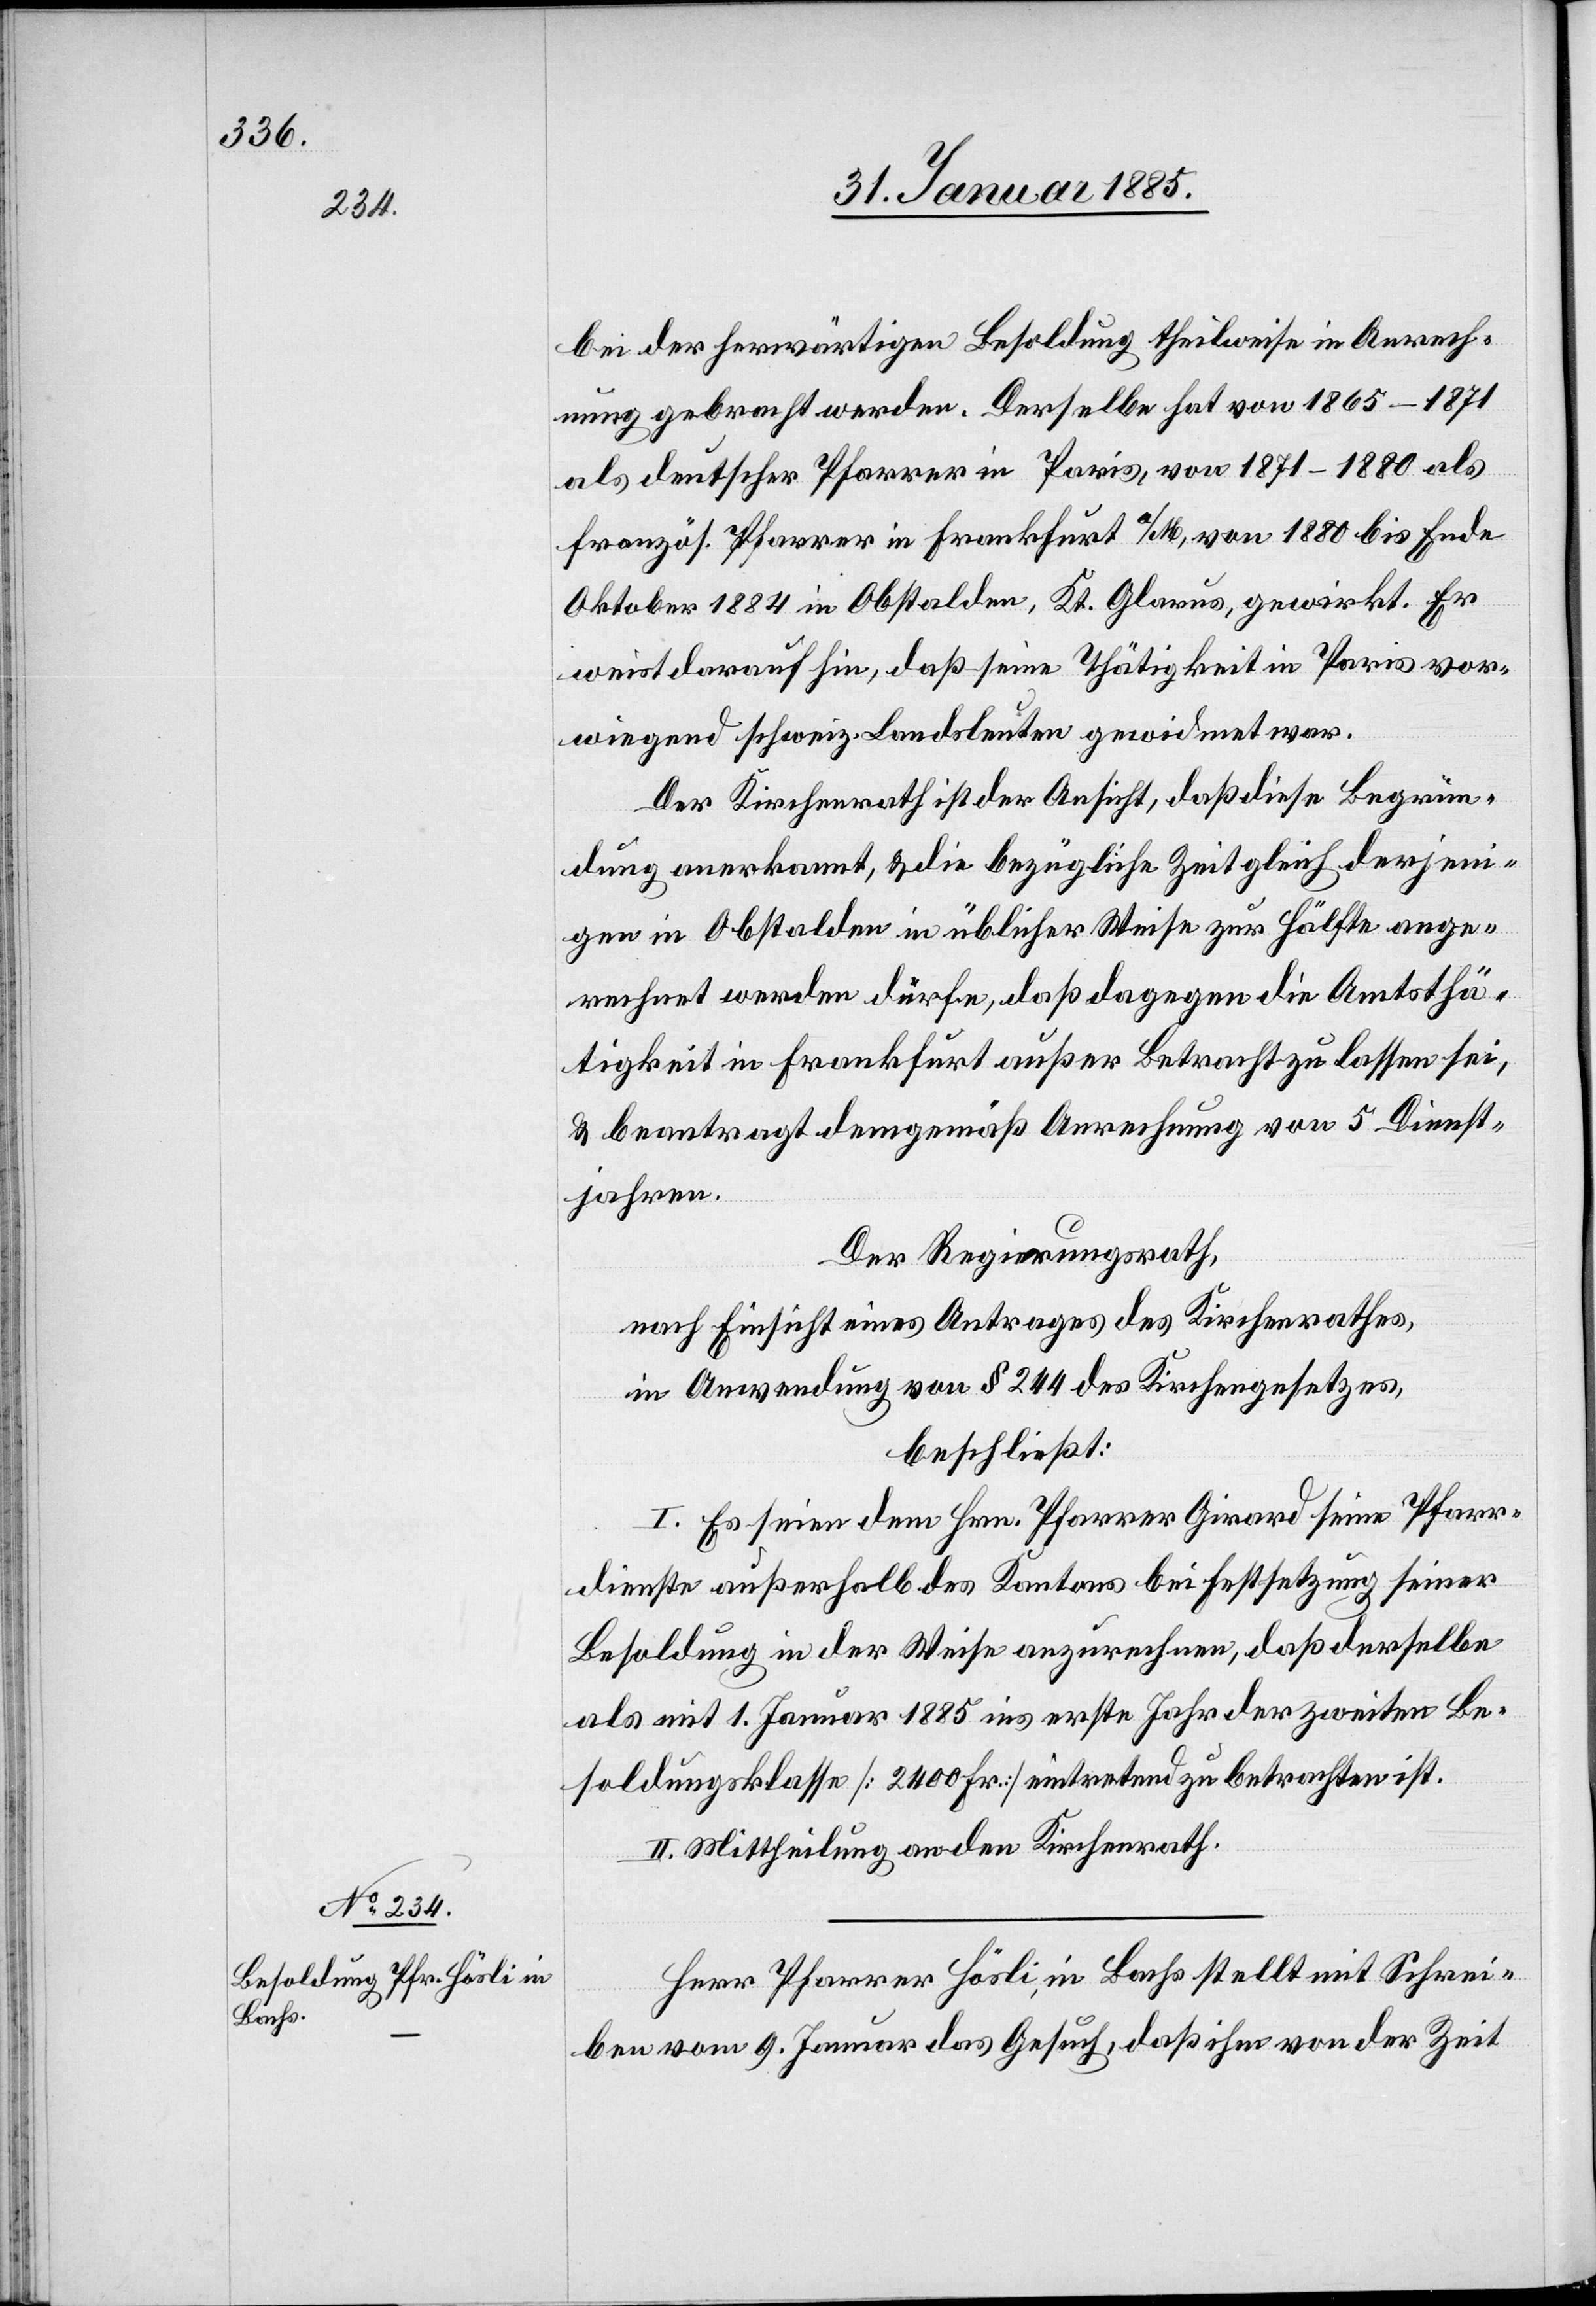
bei der herwärtigen Besoldung theilweise in Anrech¬
nung gebracht werden. Derselbe hat von 1865–1871
als deutscher Pfarrer in Paris, von 1871–1880 als
französ. Pfarrer in Frankfurt a/M. von 1880 bis Ende
Oktober 1884 in Obstalden, Kt. Glarus, gewirkt. Er
weist darauf hin, daß seine Thätigkeit in Paris vor¬
wiegend schweiz. Landsleuten gewidmet war.
Der Kirchenrath ist der Ansicht, daß diese Begrün¬
dung anerkannt, & die bezügliche Zeit gleich derjeni¬
gen in Obstalden in üblicher Weise zur Hälfte ange¬
rechnet werden dürfe, daß dagegen die Amtstä¬
tigkeit in Frankfurt außer Betracht zu lassen sei,
& beantragt demgemäß Anrechnung vom 5. Dienst¬
jahren.
Der Regierungsrath,
nach Einsicht eines Antrages des Kirchenrathes,
in Anwendung von § 244 des Kirchengesetzes,
beschließt:
I. Es seien dem Hrn. Pfarrer Girard seine Pfarr¬
dienste außerhalb des Kantons bei Entsetzung seiner
Besoldung in der Weise anzurechnen, daß derselbe
als mit 1. Januar 1885 ins erste Jahr der zweiten Be¬
soldungsklasse [2400 Fr.] eintretend zu betrachten ist.
II. Mittheilung an den Kirchenrath.
Herr Pfarrer Hösli, in Bachs stellt mit Schrei¬
ben vom 9. Januar das Gesuch, daß ihm von der Zeit